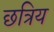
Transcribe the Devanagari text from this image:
छत्रिय